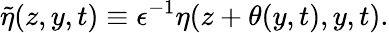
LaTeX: \tilde{\eta}(z,y,t)\equiv\epsilon^{-1}\eta(z+\theta(y,t),y,t).